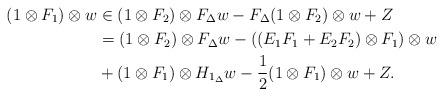
LaTeX: \begin{align*}(1 \otimes F_1) \otimes w & \in (1 \otimes F_2) \otimes F_{\Delta} w - F_{\Delta}(1 \otimes F_2) \otimes w + Z \\& = (1 \otimes F_2) \otimes F_{\Delta}w - ((E_1 F_1 + E_2 F_2) \otimes F_1) \otimes w \\& + (1 \otimes F_1) \otimes H_{1_{\Delta}}w - \frac{1}{2}(1 \otimes F_1) \otimes w + Z.\end{align*}